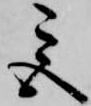
宮